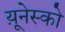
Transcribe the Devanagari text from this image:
य़ूनेस्को